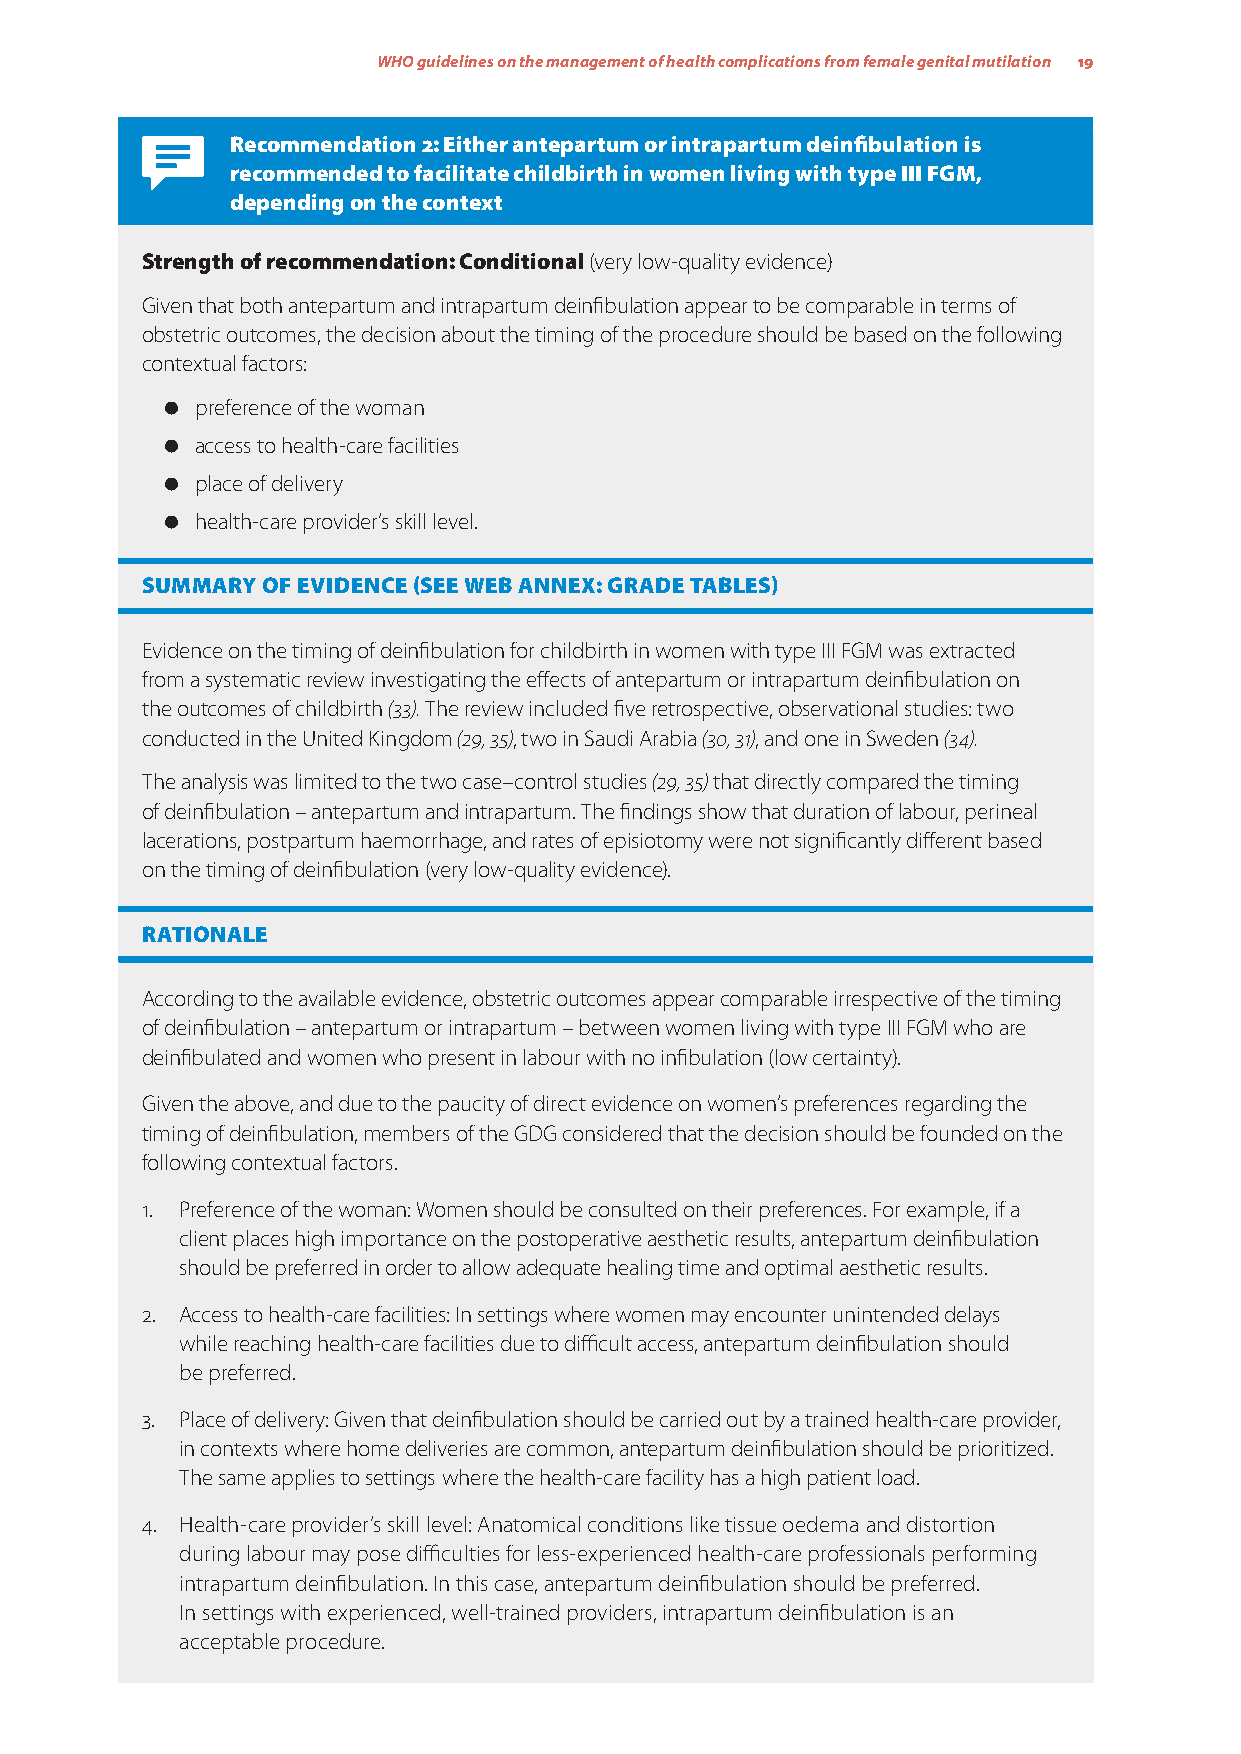
WHO guidelines on the management of health complications from female genital mutilation 19
 Recommendation 2: Either antepartum or intrapartum deinfibulation is
 recommended to facilitate childbirth in women living with type III FGM,
 depending on the context
 Strength of recommendation: Conditional (very low-quality evidence)
 Given that both antepartum and intrapartum deinfibulation appear to be comparable in terms of
 obstetric outcomes, the decision about the timing of the procedure should be based on the following
 contextual factors:
 preference of the woman
 access to health-care facilities
 place of delivery
 health-care provider’s skill level.
 SUMMARY OF EVIDENCE (SEE WEB ANNEX: GRADE TABLES)
 Evidence on the timing of deinfibulation for childbirth in women with type III FGM was extracted
 from a systematic review investigating the effects of antepartum or intrapartum deinfibulation on
 the outcomes of childbirth (33). The review included five retrospective, observational studies: two
 conducted in the United Kingdom (29, 35), two in Saudi Arabia (30, 31), and one in Sweden (34).
 The analysis was limited to the two case–control studies (29, 35) that directly compared the timing
 of deinfibulation – antepartum and intrapartum. The findings show that duration of labour, perineal
 lacerations, postpartum haemorrhage, and rates of episiotomy were not significantly different based
 on the timing of deinfibulation (very low-quality evidence).
 RATIONALE
 According to the available evidence, obstetric outcomes appear comparable irrespective of the timing
 of deinfibulation – antepartum or intrapartum – between women living with type III FGM who are
 deinfibulated and women who present in labour with no infibulation (low certainty).
 Given the above, and due to the paucity of direct evidence on women’s preferences regarding the
 timing of deinfibulation, members of the GDG considered that the decision should be founded on the
 following contextual factors.
 1. Preference of the woman: Women should be consulted on their preferences. For example, if a
 client places high importance on the postoperative aesthetic results, antepartum deinfibulation
 should be preferred in order to allow adequate healing time and optimal aesthetic results.
 2. Access to health-care facilities: In settings where women may encounter unintended delays
 while reaching health-care facilities due to difficult access, antepartum deinfibulation should
 be preferred.
 3. Place of delivery: Given that deinfibulation should be carried out by a trained health-care provider,
 in contexts where home deliveries are common, antepartum deinfibulation should be prioritized.
 The same applies to settings where the health-care facility has a high patient load.
 4. Health-care provider’s skill level: Anatomical conditions like tissue oedema and distortion
 during labour may pose difficulties for less-experienced health-care professionals performing
 intrapartum deinfibulation. In this case, antepartum deinfibulation should be preferred.
 In settings with experienced, well-trained providers, intrapartum deinfibulation is an
 acceptable procedure.